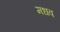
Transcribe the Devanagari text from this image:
मधव